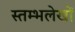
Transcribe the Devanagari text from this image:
स्तम्भलेखों